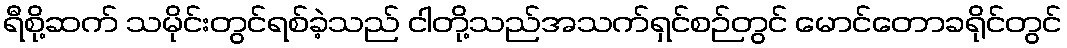
ရီစို့ဆက် သမိုင်းတွင်ရစ်ခဲ့သည် ငါတို့သည်အသက်ရှင်စဉ်တွင် မောင်တောခရိုင်တွင်